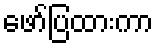
ဖော်ပြထားကာ